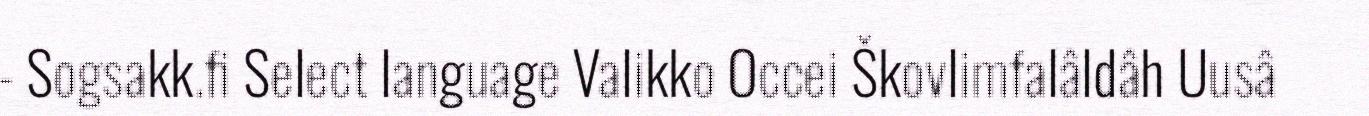
- Sogsakk.fi Select language Valikko Occei Škovlimfalâldâh Uusâ